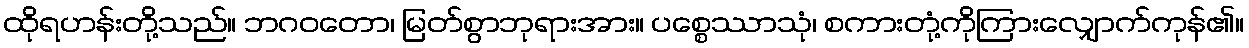
ထိုရဟန်းတို့သည်။ ဘဂဝတော၊ မြတ်စွာဘုရားအား။ ပစ္စေဿာသုံ၊ စကားတုံ့ကိုကြားလျှောက်ကုန်၏။